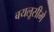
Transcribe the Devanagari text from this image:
बयलूसीमे